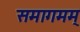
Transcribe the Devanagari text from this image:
समागमम्